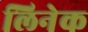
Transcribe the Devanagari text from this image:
लिनेक